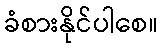
ခံစားနိုင်ပါစေ။